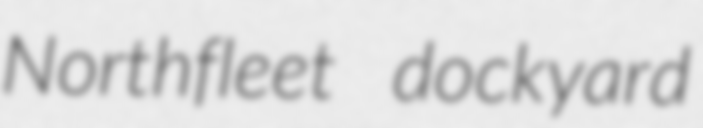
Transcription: Northfleet dockyard